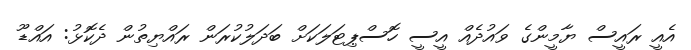
އެއީ ރައީސް ޔާމީންގެ ވައުދެއް އީސީ ހޮސްޕިޓަލަކަށް ބަދަލުކުރަން ރައްޔިތުން ދެކޮޅު: އައްޑޫ